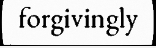
forgivingly